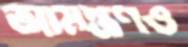
আমন্ত্রণও